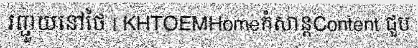
រញ្ជួយនៅថៃ | KHTOEMHomeកំសាន្តContent ជួប